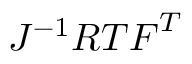
J ^ { - 1 } { \boldsymbol { R } } { \boldsymbol { T } } { \boldsymbol { F } } ^ { T }